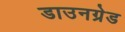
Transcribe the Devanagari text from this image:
डाउनग्रेड